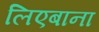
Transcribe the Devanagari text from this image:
लिएबाना